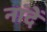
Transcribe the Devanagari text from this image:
नांदें